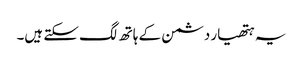
یہ ہتھیار دشمن کے ہاتھ لگ سکتے ہیں۔